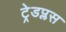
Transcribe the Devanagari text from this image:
ट्रेडप्लस